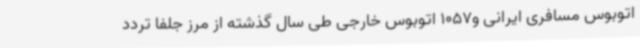
اتوبوس مسافری ایرانی و1057 اتوبوس خارجی طی سال گذشته از مرز جلفا تردد